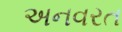
અનવરત